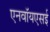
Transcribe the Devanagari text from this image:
एनवॉयएसई